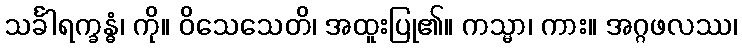
သင်္ခါရက္ခန္ဓံ၊ ကို။ ဝိသေသေတိ၊ အထူးပြု၏။ ကသ္မာ၊ ကား။ အဂ္ဂဖလဿ၊